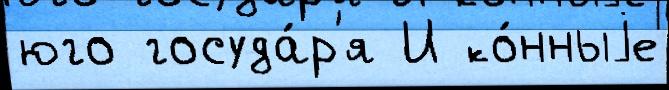
юго госуда́р'я И ко́нныjе